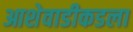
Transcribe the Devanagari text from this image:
आशेवाडीकडला